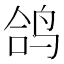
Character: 鸽